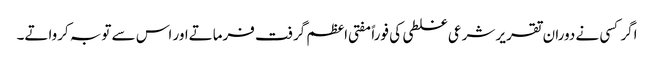
اگر کسی نے دوران تقریر شرعی غلطی کی فوراً مفتی اعظم گرفت فرماتےاور اس سے توبہ کرواتے۔